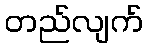
တည်လျက်